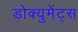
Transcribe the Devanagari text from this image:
डोक्युमेंट्स